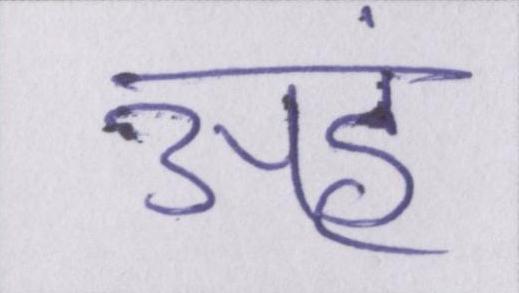
अहं